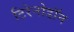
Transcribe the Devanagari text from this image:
टिरेनोडॉन